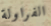
الفراولة